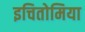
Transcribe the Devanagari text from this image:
इचितोमिया